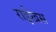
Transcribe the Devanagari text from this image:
राईखस